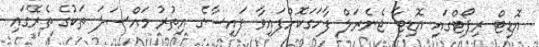
އޮޑިޓް ރިޕޯޓްގައި އޮޑިޓާ ޖެނެރަލް ފާހަގަކޮށްފައިވާ ފައިސާގެ އިތުރު މައްސަލަ ތަކުގެ ތެރޭގައި